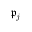
{ \mathfrak { p } } _ { j }